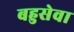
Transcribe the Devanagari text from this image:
बहुसेवा